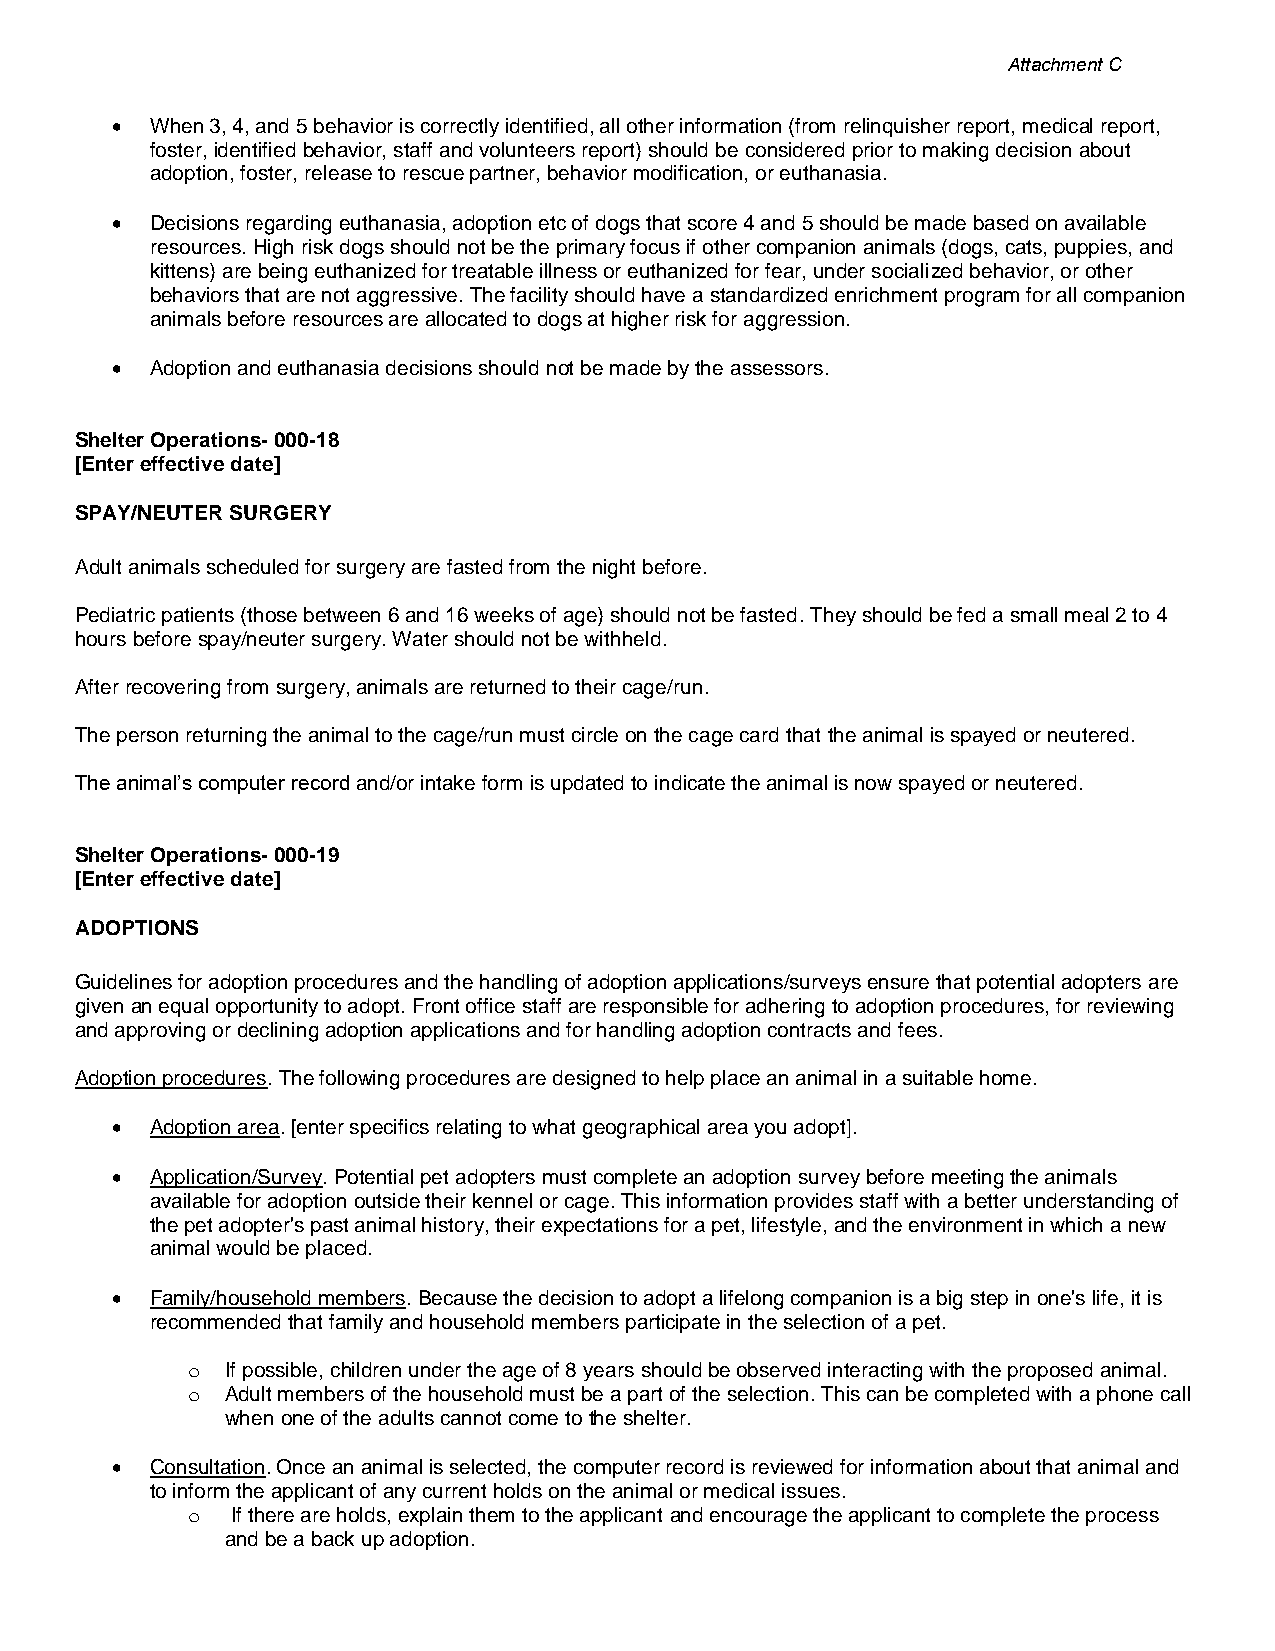
Attachment C
 •  When 3, 4, and 5 behavior is correctly identified, all other information (from relinquisher report, medical report,
 foster, identified behavior, staff and volunteers report) should be considered prior to making decision about
 adoption, foster, release to rescue partner, behavior modification, or euthanasia.
 •  Decisions regarding euthanasia, adoption etc of dogs that score 4 and 5 should be made based on available
 resources. High risk dogs should not be the primary focus if other companion animals (dogs, cats, puppies, and
 kittens) are being euthanized for treatable illness or euthanized for fear, under socialized behavior, or other
 behaviors that are not aggressive. The facility should have a standardized enrichment program for all companion
 animals before resources are allocated to dogs at higher risk for aggression.
 •  Adoption and euthanasia decisions should not be made by the assessors.
 Shelter Operations- 000-18
 [Enter effective date]
 SPAY/NEUTER SURGERY
 Adult animals scheduled for surgery are fasted from the night before.
 Pediatric patients (those between 6 and 16 weeks of age) should not be fasted. They should be fed a small meal 2 to 4
 hours before spay/neuter surgery. Water should not be withheld.
 After recovering from surgery, animals are returned to their cage/run.
 The person returning the animal to the cage/run must circle on the cage card that the animal is spayed or neutered.
 The animal’s computer record and/or intake form is updated to indicate the animal is now spayed or neutered.
 Shelter Operations- 000-19
 [Enter effective date]
 ADOPTIONS
 Guidelines for adoption procedures and the handling of adoption applications/surveys ensure that potential adopters are
 given an equal opportunity to adopt. Front office staff are responsible for adhering to adoption procedures, for reviewing
 and approving or declining adoption applications and for handling adoption contracts and fees.
 Adoption procedures. The following procedures are designed to help place an animal in a suitable home.
 •  Adoption area. [enter specifics relating to what geographical area you adopt].
 •  Application/Survey. Potential pet adopters must complete an adoption survey before meeting the animals
 available for adoption outside their kennel or cage. This information provides staff with a better understanding of
 the pet adopter's past animal history, their expectations for a pet, lifestyle, and the environment in which a new
 animal would be placed.
 •  Family/household members. Because the decision to adopt a lifelong companion is a big step in one's life, it is
 recommended that family and household members participate in the selection of a pet.
 o  If possible, children under the age of 8 years should be observed interacting with the proposed animal.
 o  Adult members of the household must be a part of the selection. This can be completed with a phone call
 when one of the adults cannot come to the shelter.
 •  Consultation. Once an animal is selected, the computer record is reviewed for information about that animal and
 to inform the applicant of any current holds on the animal or medical issues.
 o  If there are holds, explain them to the applicant and encourage the applicant to complete the process
 and be a back up adoption.